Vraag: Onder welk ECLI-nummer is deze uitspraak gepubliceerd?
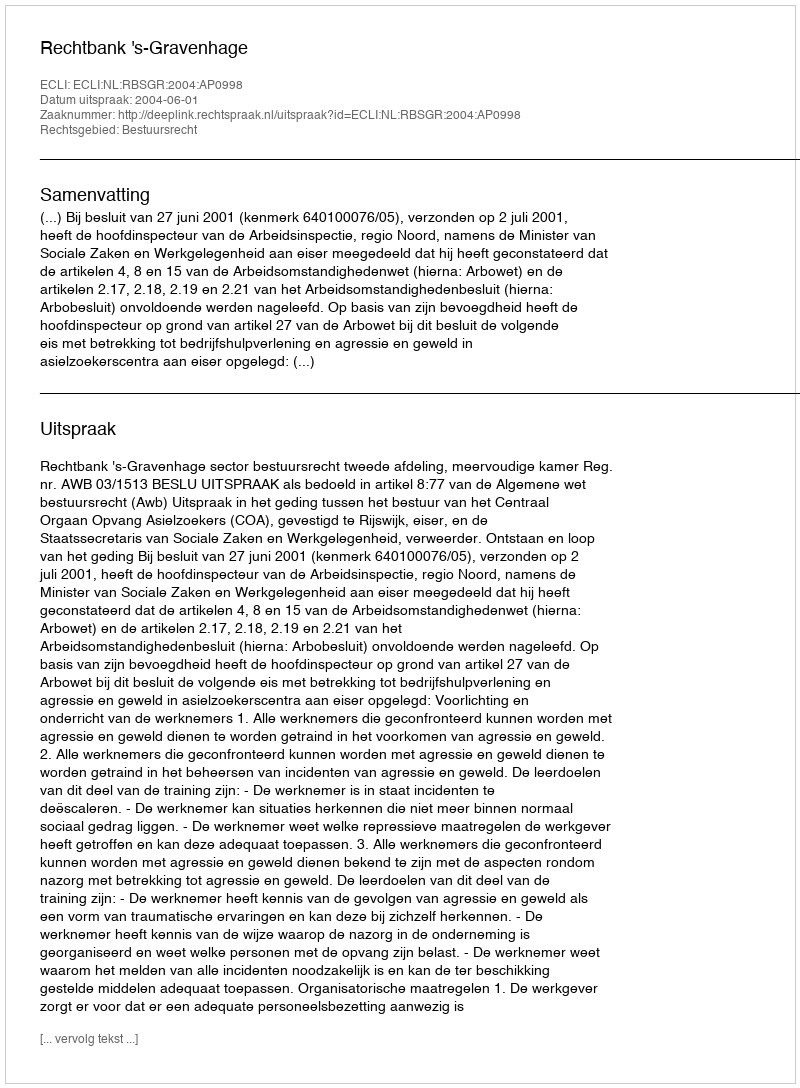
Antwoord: ECLI:NL:RBSGR:2004:AP0998